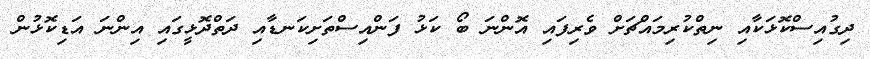
ދިގުއިސްކޮޅަކާއި ނިތްކުރިމައްޗަށް ވެރިފައި އޮންނަ ބޯ ކަޅު ފަންއިސްތަށިކަނޑާއި ދަތްދޮޅީގައި އިންނަ އަޑިކޮޅުން